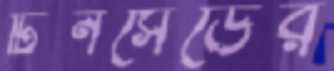
টিনসেডের